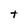
Character: t